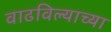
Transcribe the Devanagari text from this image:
वाढविल्याच्या